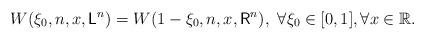
LaTeX: \begin{align*}W(\xi_0,n,x,\mathsf{L}^n)=W(1-\xi_0,n,x,\mathsf{R}^n), ~\forall \xi_0\in [0,1], \forall x\in\mathbb{R}.\end{align*}